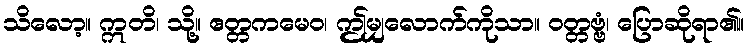
သိလော့။ ဣတိ၊ သို့။ ဧတ္တကမေဝ၊ ဤမျှလောက်ကိုသာ။ ဝတ္တဗ္ဗံ၊ ပြောဆိုရာ၏။